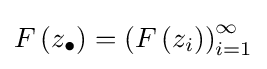
F\left(z_{\bullet }\right)=\left(F\left(z_{i}\right)\right)_{i=1}^{\infty }